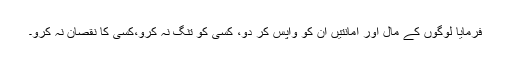
فرمایا لوگوں کے مال اور امانتیں ان کو واپس کر دو، کسی کو تنگ نہ کرو،کسی کا نقصان نہ کرو۔